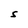
Character: S